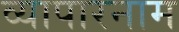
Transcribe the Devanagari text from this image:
व्यापारनाम